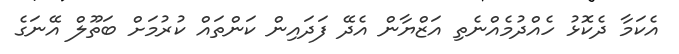
އެކަމާ ދެކޮޅު ހެއްދުމެއްނެތި އަޒްޔާން އެދޭ ފަދައިން ކަންތައް ކުރުމަށް ބަތޫލް އޭނަގެ